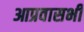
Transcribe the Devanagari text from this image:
आप्रवासभी